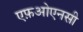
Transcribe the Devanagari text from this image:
एफ़ओएनसी